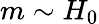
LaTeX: m\sim H_{0}